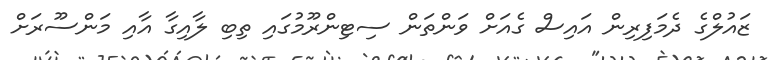
ޒައުލްގެ ދެމަފިރިން އައިސް ގެއަށް ވަންތަން ސިޓިންރޫމުގައި ތިބި ލާއިގާ އާއި މަންސޫރަށް